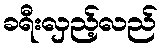
ခရီးလှည့်လည်